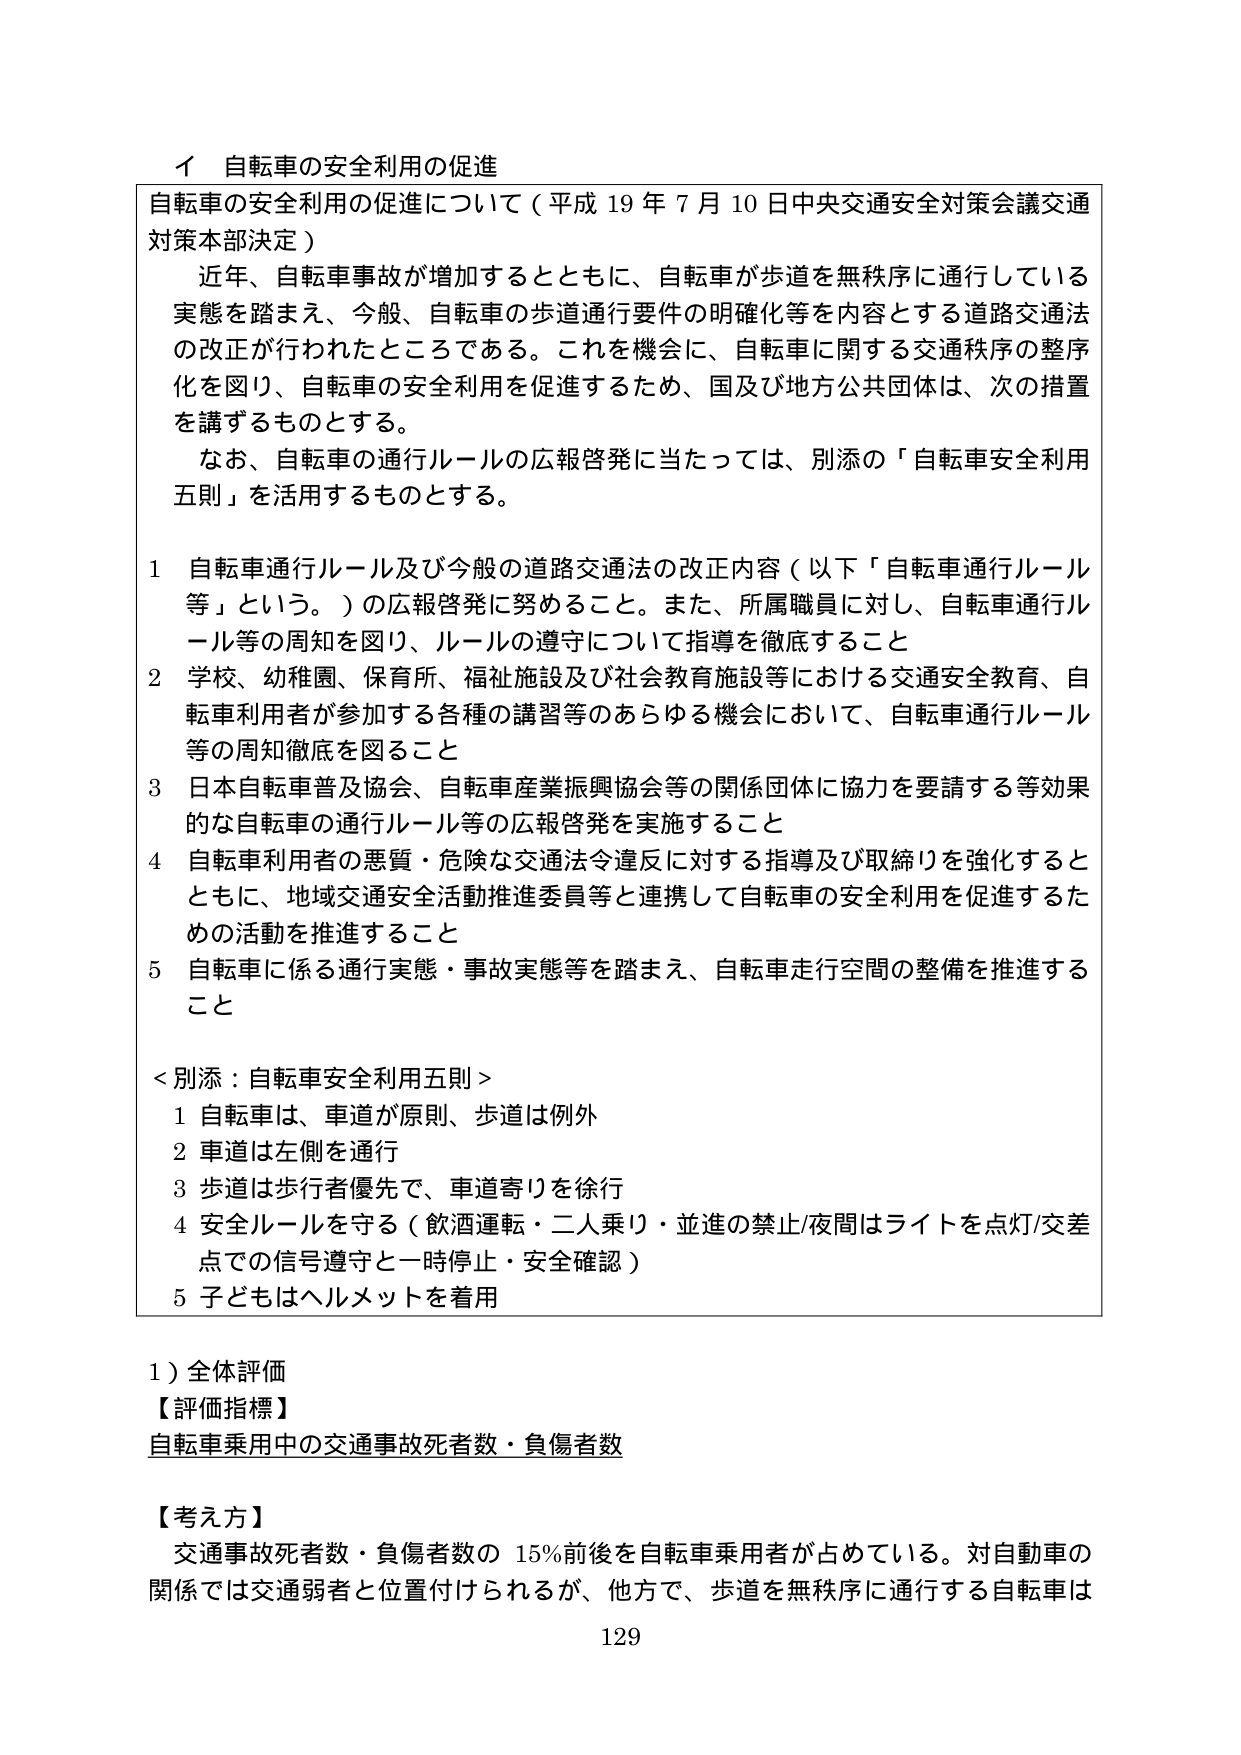
イ 自転車の安全利用の促進
自転車の安全利用の促進について（平成19年7月10日中央交通安全対策会議交通対策本部決定）
　近年、自転車事故が増加するとともに、自転車が歩道を無秩序に通行している実態を踏まえ、今般、自転車の歩道通行要件の明確化等を内容とする道路交通法の改正が行われたところである。これを機会に、自転車に関する交通秩序の整序化を図り、自転車の安全利用を促進するため、国及び地方公共団体は、次の措置を講ずるものとする。
　なお、自転車の通行ルールの広報啓発に当たっては、別添の「自転車安全利用五則」を活用するものとする。

1 自転車通行ルール及び今般の道路交通法の改正内容（以下「自転車通行ルール等」という。）の広報啓発に努めること。また、所属職員に対し、自転車通行ルール等の周知を図り、ルールの遵守について指導を徹底すること
2 学校、幼稚園、保育所、福祉施設及び社会教育施設等における交通安全教育、自転車利用者が参加する各種の講習等のあらゆる機会において、自転車通行ルール等の周知徹底を図ること
3 日本自転車普及協会、自転車産業振興協会等の関係団体に協力を要請する等効果的な自転車の通行ルール等の広報啓発を実施すること
4 自転車利用者の悪質・危険な交通法令違反に対する指導及び取締りを強化するとともに、地域交通安全活動推進委員等と連携して自転車の安全利用を促進するための活動を推進すること
5 自転車に係る通行実態・事故実態等を踏まえ、自転車走行空間の整備を推進すること

＜別添：自転車安全利用五則＞
1 自転車は、車道が原則、歩道は例外
2 車道は左側を通行
3 歩道は歩行者優先で、車道寄りを徐行
4 安全ルールを守る（飲酒運転・二人乗り・並進の禁止/夜間はライトを点灯/交差点での信号遵守と一時停止・安全確認）
5 子どもはヘルメットを着用

1）全体評価
【評価指標】
自転車乗用中の交通事故死者数・負傷者数

【考え方】
交通事故死者数・負傷者数の15％前後を自転車乗用者が占めている。対自動車の関係では交通弱者と位置付けられるが、他方で、歩道を無秩序に通行する自転車は
129